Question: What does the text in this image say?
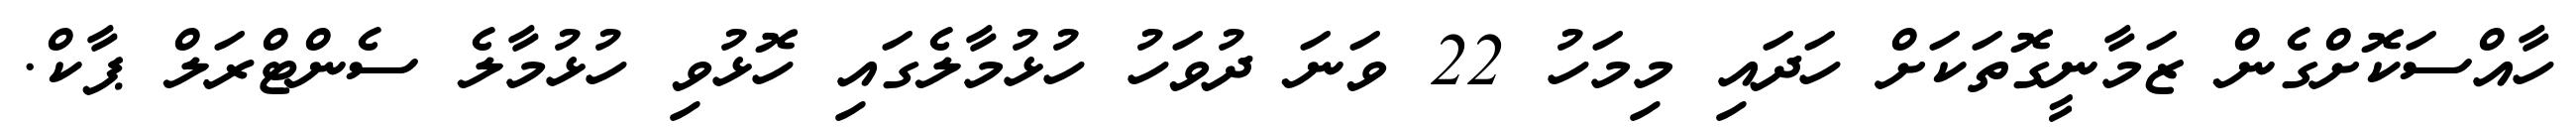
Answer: ހާއްސަކޮށްގެން ޒަމާނީގޮތަކަށް ހަދައި މިމަހު 22 ވަނަ ދުވަހު ހުޅުމާލެގައި ހޮޅުވި ހުޅުމާލެ ސެންޓްރަލް ޕާކް.